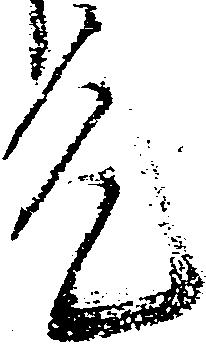
允